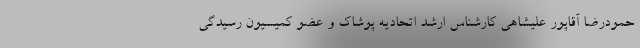
حمودرضا آقاپور علیشاهی کارشناس ارشد اتحادیه پوشاک و عضو کمیسیون رسیدگی